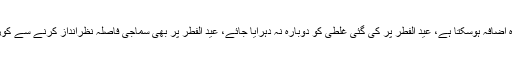
ان کا کہنا تھا کہ اگر احتیاطی تدابیر اختیار نہ کی گئیں تو ملک میں کورونا کیسز میں دوبارہ اضافہ ہوسکتا ہے، عید الفطر پر کی گئی غلطی کو دوبارہ نہ دہرایا جائے، عید الفطر پر بھی سماجی فاصلہ نظرانداز کرنے سے کورونا پھیلا تھا، سماجی فاصلہ اور احتیاطی تدابیر کو کسی صورت نظرانداز نہیں کیا جاسکتا۔